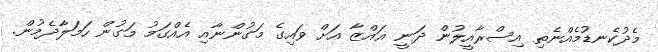
މެދުކެނޑުމެއްނެތި އިސްރާއީލުން ދަނީ ޣައްޒާ އަށް ވައިގެ މަގުންނާއި އެއްގަމު މަގުން ހަމަލާދެމުން.